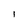
Character: 1